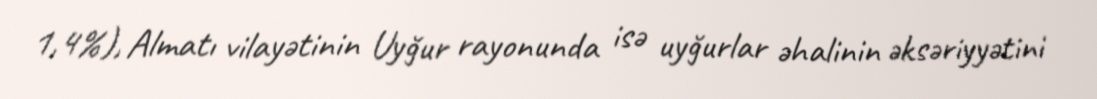
1,4%), Almatı vilayətinin Uyğur rayonunda isə uyğurlar əhalinin əksəriyyətini